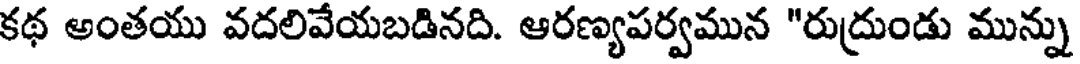
కథ అంతయు వదలివేయబడినది. ఆరణ్యపర్వమున "రుద్రుండు మున్ను